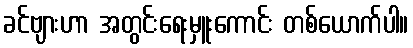
ခင်ဗျားဟာ အတွင်းရေးမှူးကောင်း တစ်ယောက်ပါ။